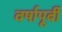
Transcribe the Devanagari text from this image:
वर्षापूर्बी